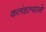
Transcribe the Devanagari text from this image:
कलंडल्याने